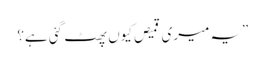
”یہ میری قمیص کیوں پھٹ گئی ہے؟